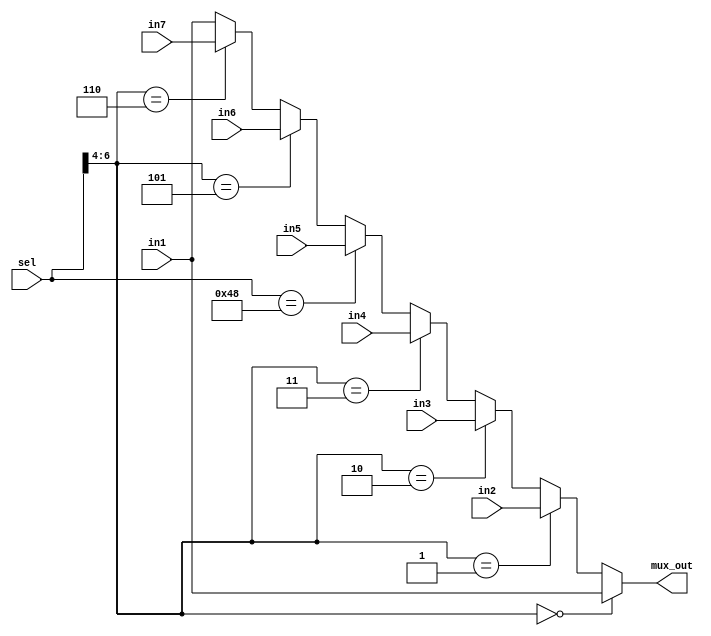
module MUX_Z(
input [47:0] in1, //0
input [47:0] in2, //PCIN
input [47:0] in3, //P
input [47:0] in4, //C
input [47:0] in5, // P
input [47:0] in6, //
input [47:0] in7, //
input [6:0] sel,
output reg [47:0] mux_out
);

always @(*) begin
 if (sel[6:4] == 'b0) begin
 mux_out = in1;
 end
 else if (sel[6:4] == 'b001)begin
 mux_out = in2;
 end
 else if (sel[6:4] == 'b010) begin
 mux_out = in3;
 end
 else if (sel[6:4] == 'b011) begin
 mux_out = in4;
 end
 else if (sel == 'b1001000) begin
 mux_out = in5;
 end
 else if (sel[6:4] == 'b101) begin
 mux_out = in6;
 end
 else if (sel[6:4] == 'b110) begin
 mux_out = in7;
 end
 else begin
 mux_out = in1;
 end
end

endmodule